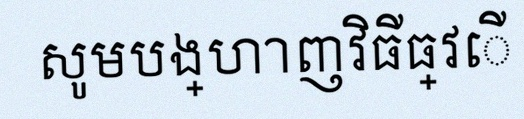
សូមបង្ហាញវិធីធ្វើ